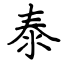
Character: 泰